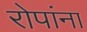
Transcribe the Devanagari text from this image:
रोपांना